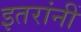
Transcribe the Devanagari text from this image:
इतरांनीं